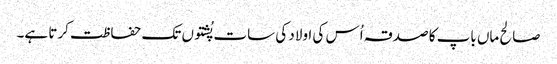
صالح ماں باپ کا صدقہ اُس کی اولاد کی سات پُشتوں تک حفاظت کرتا ہے۔